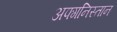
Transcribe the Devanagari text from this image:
अफ्गनिस्तान